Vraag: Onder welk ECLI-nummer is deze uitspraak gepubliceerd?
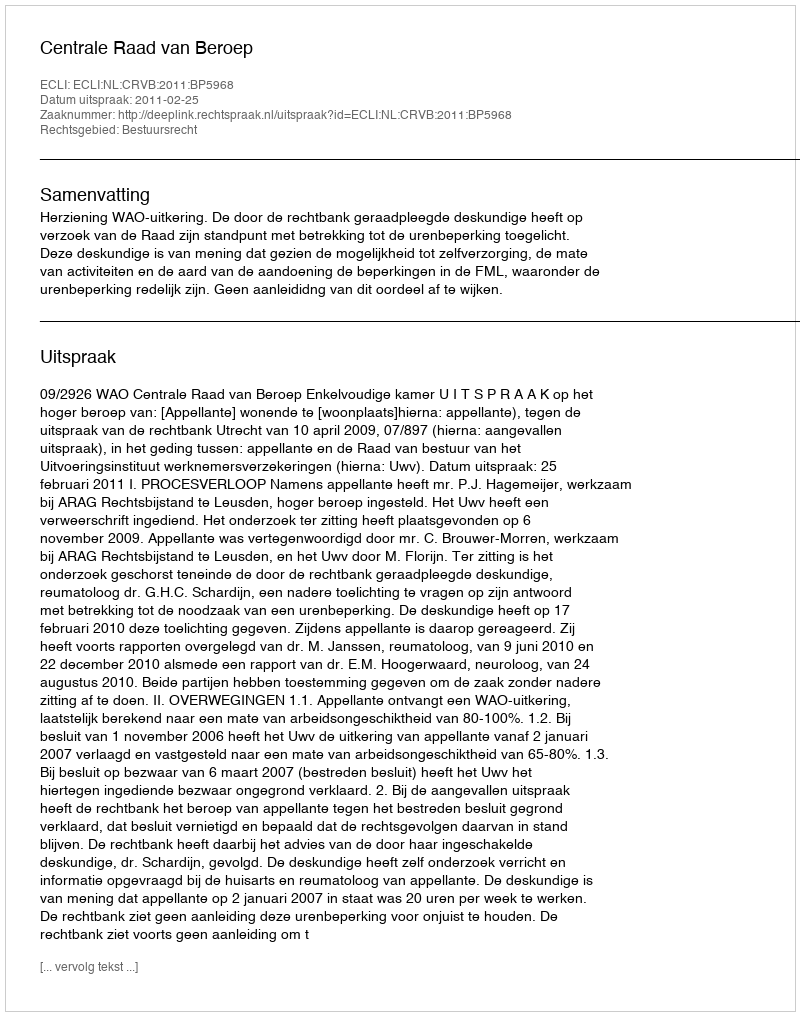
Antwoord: ECLI:NL:CRVB:2011:BP5968